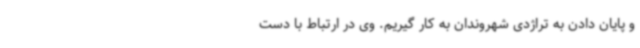
و پایان دادن به تراژدی شهروندان به کار گیریم. وی در ارتباط با دست